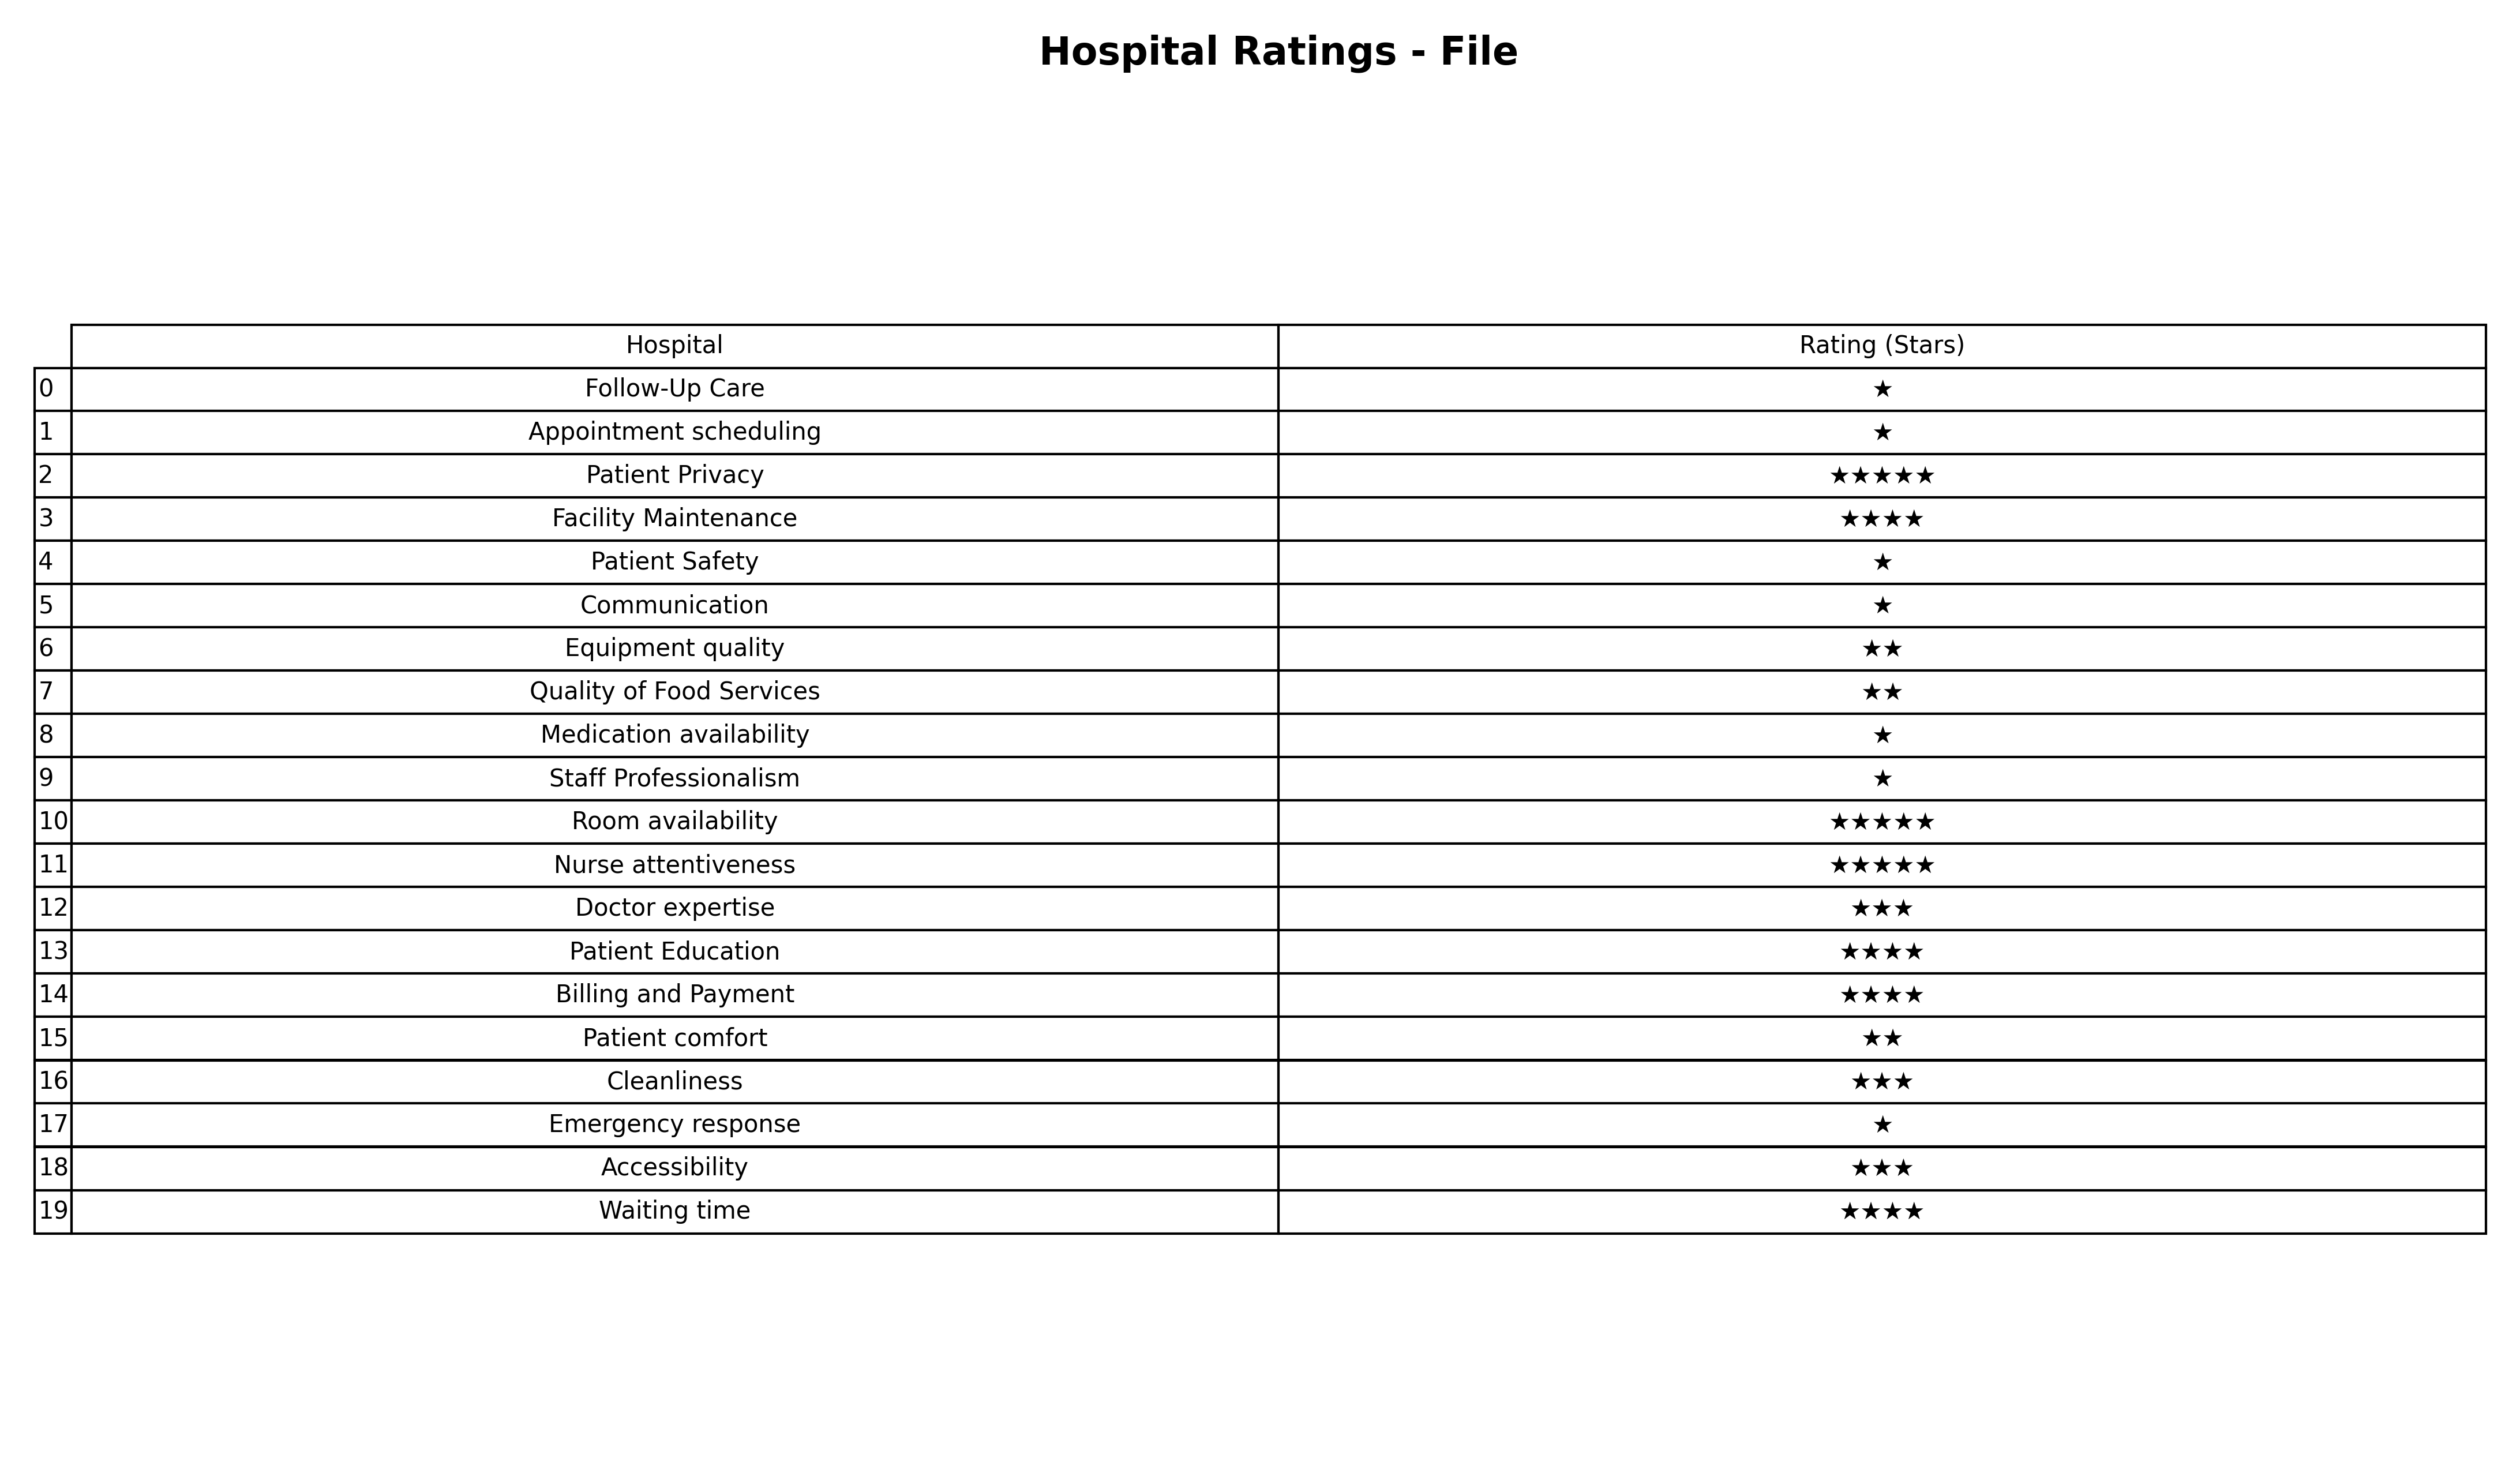
question: What is the rating of Quality of Food Services?
answer: ★★